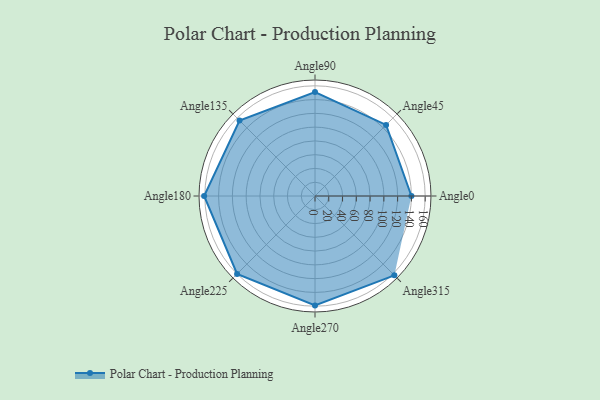
{"axis": {"x": "Angle", "y": "Radius"}, "legend": [""], "data": [{"x": "Angle0", "y": 140.0, "type": ""}, {"x": "Angle45", "y": 146.0, "type": ""}, {"x": "Angle90", "y": 151.0, "type": ""}, {"x": "Angle135", "y": 155.0, "type": ""}, {"x": "Angle180", "y": 161.0, "type": ""}, {"x": "Angle225", "y": 160.0, "type": ""}, {"x": "Angle270", "y": 159.0, "type": ""}, {"x": "Angle315", "y": 163.0, "type": ""}]}